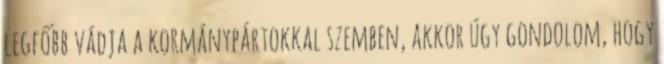
legfőbb vádja a kormánypártokkal szemben, akkor úgy gondolom, hogy